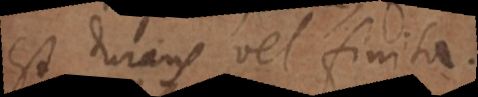
est durans vel finita.